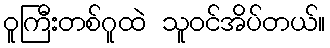
ဝူကြီးတစ်ဂူထဲ သူဝင်အိပ်တယ်။